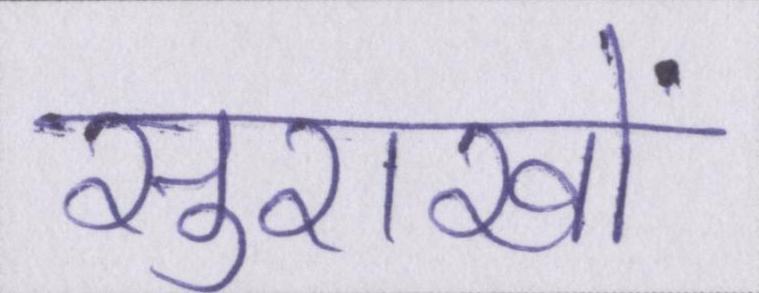
सुराखों